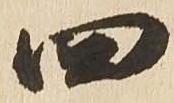
四